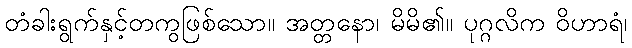
တံခါးရွက်နှင့်တကွဖြစ်သော။ အတ္တနော၊ မိမိ၏။ ပုဂ္ဂလိက ဝိဟာရံ၊